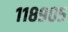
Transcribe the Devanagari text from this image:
११८९०५